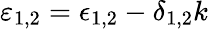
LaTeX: \varepsilon_{1,2}=\epsilon_{1,2}-\delta_{1,2}k